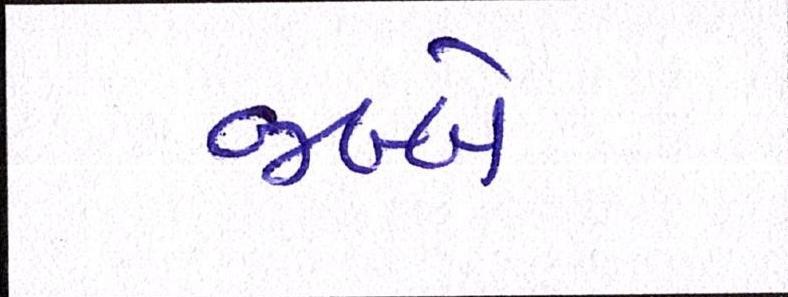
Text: જબ્બે